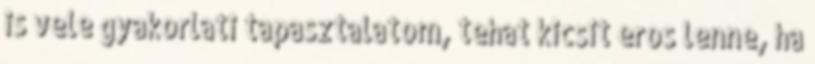
is vele gyakorlati tapasztalatom, tehat kicsit eros lenne, ha